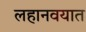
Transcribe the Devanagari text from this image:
लहानवयात